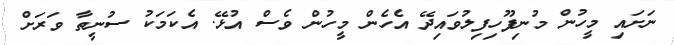
ނަށައި މީހުން މުނިފޫހިފިލުވައިދޭ އެހެން މީހުން ވެސް އުޅޭ. އެކަމަކު ސުނީތާ ވަރަށް